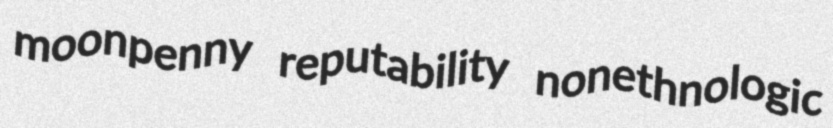
moonpenny reputability nonethnologic